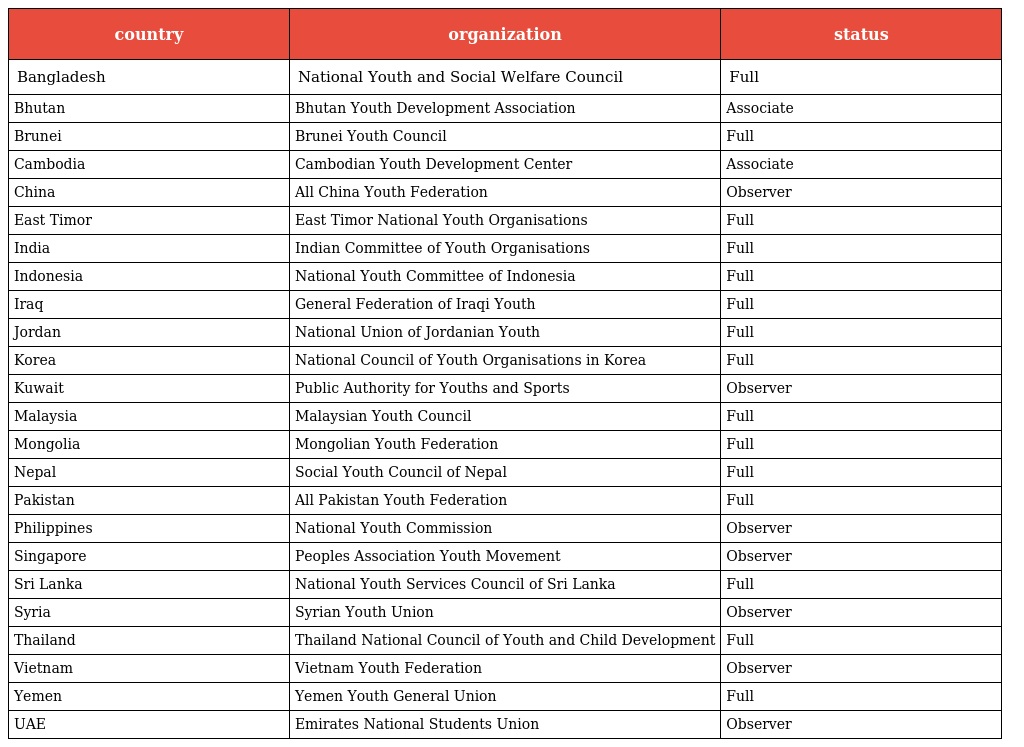
| country | organization | status |
 | --- | --- | --- |
 | Bangladesh | National Youth and Social Welfare Council | Full |
 | Bhutan | Bhutan Youth Development Association | Associate |
 | Brunei | Brunei Youth Council | Full |
 | Cambodia | Cambodian Youth Development Center | Associate |
 | China | All China Youth Federation | Observer |
 | East Timor | East Timor National Youth Organisations | Full |
 | India | Indian Committee of Youth Organisations | Full |
 | Indonesia | National Youth Committee of Indonesia | Full |
 | Iraq | General Federation of Iraqi Youth | Full |
 | Jordan | National Union of Jordanian Youth | Full |
 | Korea | National Council of Youth Organisations in Korea | Full |
 | Kuwait | Public Authority for Youths and Sports | Observer |
 | Malaysia | Malaysian Youth Council | Full |
 | Mongolia | Mongolian Youth Federation | Full |
 | Nepal | Social Youth Council of Nepal | Full |
 | Pakistan | All Pakistan Youth Federation | Full |
 | Philippines | National Youth Commission | Observer |
 | Singapore | Peoples Association Youth Movement | Observer |
 | Sri Lanka | National Youth Services Council of Sri Lanka | Full |
 | Syria | Syrian Youth Union | Observer |
 | Thailand | Thailand National Council of Youth and Child Development | Full |
 | Vietnam | Vietnam Youth Federation | Observer |
 | Yemen | Yemen Youth General Union | Full |
 | UAE | Emirates National Students Union | Observer |